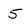
Character: 5